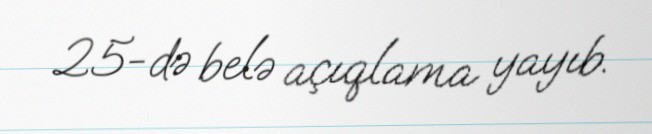
25-də belə açıqlama yayıb.